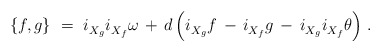
\begin{align*} \{f,g\}~=~i_{X_g}^{} i_{X_f}^{} \omega \, + \, d \, \Bigl( i_{X_g}^{} f \, - \, i_{X_f}^{} g \, - \, i_{X_g}^{} i_{X_f}^{} \theta \Bigr)~.\end{align*}